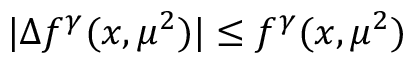
| \Delta f ^ { \gamma } ( x , \mu ^ { 2 } ) | \leq f ^ { \gamma } ( x , \mu ^ { 2 } )